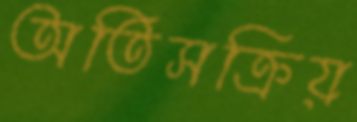
অতিসক্রিয়